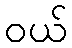
ဝယ်